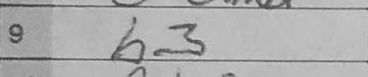
Transcription: b3